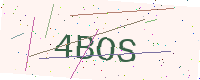
Text: 4BOS